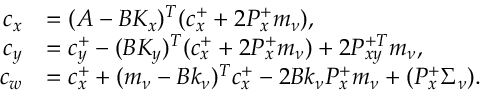
\begin{array} { r l } { c _ { x } } & { = ( A - B K _ { x } ) ^ { T } ( c _ { x } ^ { + } + 2 P _ { x } ^ { + } m _ { \nu } ) , } \\ { c _ { y } } & { = c _ { y } ^ { + } - ( B K _ { y } ) ^ { T } ( c _ { x } ^ { + } + 2 P _ { x } ^ { + } m _ { \nu } ) + 2 P _ { x y } ^ { + T } m _ { \nu } , } \\ { c _ { w } } & { = c _ { x } ^ { + } + ( m _ { \nu } - B k _ { \nu } ) ^ { T } c _ { x } ^ { + } - 2 B k _ { \nu } P _ { x } ^ { + } m _ { \nu } + \relax ( P _ { x } ^ { + } \Sigma _ { \nu } ) . } \end{array}